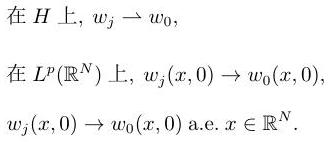
在$H$上, $w_j \to w_0$,

在$L^p(\mathbb{R}^N)$上, $w_j(x,0) \to w_0(x,0)$,

$w_j(x,0) \to w_0(x,0)$ a.e. $x \in \mathbb{R}^N$.